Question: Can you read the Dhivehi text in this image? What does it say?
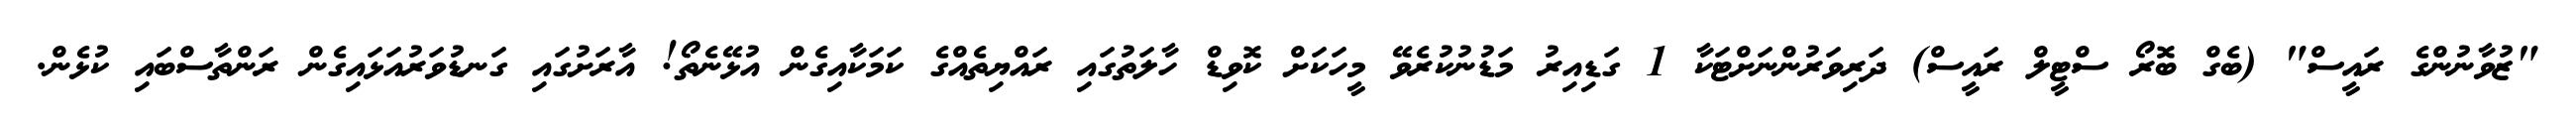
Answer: "ޒުވާނުންގެ ރައީސް" (ބެގް ބޮރޯ ސްޓީލް ރައީސް) ދަރިވަރުންނަށްޓަކާ 1 ގަޑިއިރު މަޑުނުކުރެވޭ މީހަކަށް ކޮވިޑް ހާލަތުގައި ރައްޔިތެއްގެ ކަމަކާއިގެން އުޅޭނެތޯ! އާރަށުގައި ގަނޑުވަރުއަޅައިގެން ރަންތާސްބައި ކުޅެން.